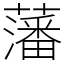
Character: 藩